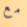
مع